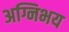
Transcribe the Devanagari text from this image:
अग्निभय